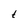
Character: t